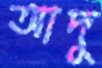
আদু